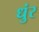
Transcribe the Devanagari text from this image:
धुंर